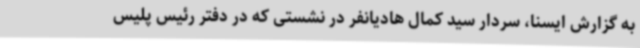
به گزارش ایسنا، سردار سید کمال هادیانفر در نشستی که در دفتر رئیس پلیس